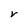
Character: v